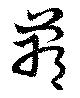
鄲